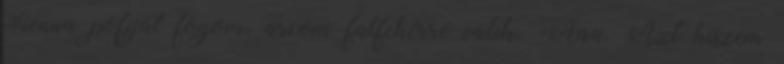
Sienna pofiját fogom, arcom falfehérré válik. -Aaa. Azt hiszem